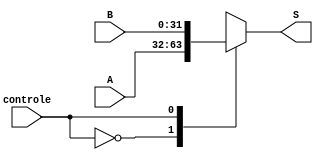
module MUX21(A, B, controle, S);
  input[31:0] A, B;
  input controle;
  output reg[31:0] S;
  
  always@(A or B or controle)
    begin
      case(controle)
        0: S <= A;
        1: S <= B;
      endcase
    end
  
endmodule